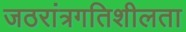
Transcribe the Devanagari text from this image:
जठरांत्रगतिशीलता